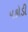
પકોડી